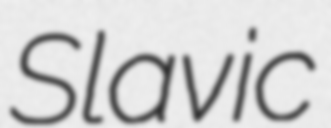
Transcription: Slavic